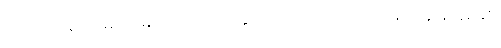
ဒေတာအရ အိမ်ခြံမြေဈေးကွက် ဖိုးနှင့် အကြမ်းဖက်သတ်ဖြတ် ခိုးခိုးခစ်ခစ်